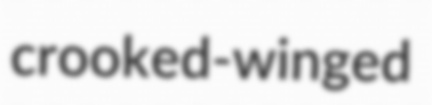
crooked-winged